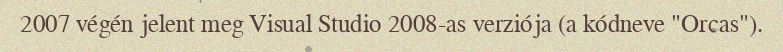
2007 végén jelent meg Visual Studio 2008-as verziója (a kódneve "Orcas").